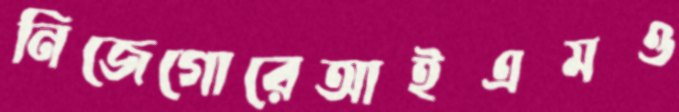
নিজেগোরেআইএমও